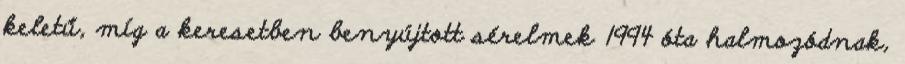
keletű, míg a keresetben benyújtott sérelmek 1994 óta halmozódnak,